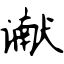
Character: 谳